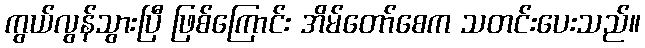
ကွယ်လွန်သွားပြီ ဖြစ်ကြောင်း အိမ်တော်စေက သတင်းပေးသည်။